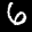
Label: 6